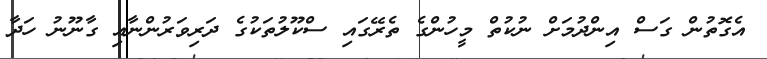
އެގޮތުން ގަސް އިންދުމަށް ނުކުތް މީހުންގެ ތެރޭގައި ސްކޫލުތަކުގެ ދަރިވަރުންނާއި ގާނޫނު ހަދާ